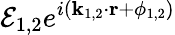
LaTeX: \mathcal{E}_{1,2}e^{i({\mathbf k}_{1,2}\cdot{\mathbf r}+\phi_{1,2})}